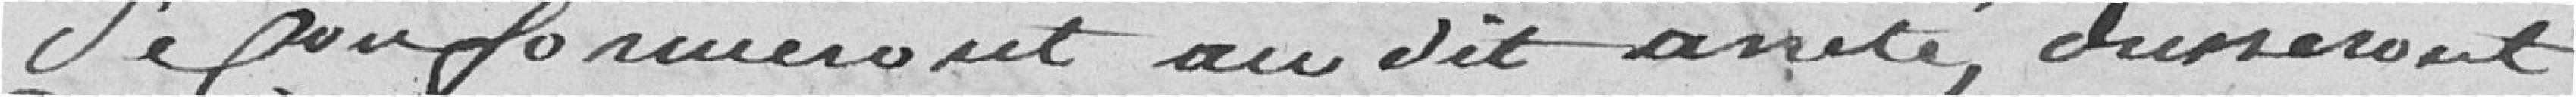
se conformeront au dit arrêté, dresseront